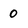
Character: 0